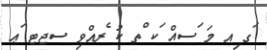
ަގ ިއ މަ ަސއް ަކ ްތ ކު ެރއްވި ސޖޓ ަޢ